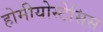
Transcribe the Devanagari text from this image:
होमीयोस्टेसिस